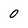
Character: 0